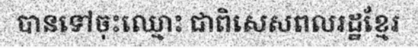
បានទៅចុះឈ្មោះ ជាពិសេសពលរដ្ឋខ្មែរ